Annual administration and progress report of the Indian Medical Department, Bombay
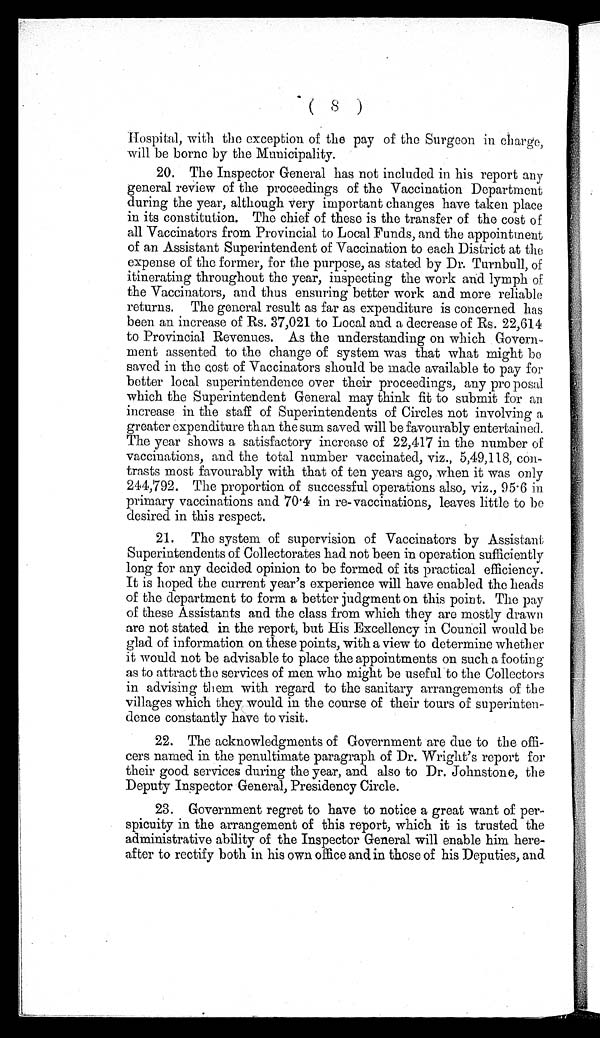
(8)
Hospital, with the exception of the pay of the Surgeon in charge,
will be borne by the Municipality.
20. The Inspector General has not included in his report any
general review of the proceedings of the Vaccination Department
during the year, although very important changes have taken place
in its constitution. The chief of these is the transfer of the cost of
all Vaccinators from Provincial to Local Funds, and the appointment
of an Assistant Superintendent of Vaccination to each District at the
expense of the former, for the purpose, as stated by Dr. Turnbull, of
itinerating throughout the year, inspecting the work and lymph of
the Vaccinators, and thus ensuring better work and more reliable
returns. The general result as far as expenditure is concerned has
been an increase of Rs. 37,021 to Local and a decrease of Rs. 22,614
to Provincial Revenues. As the understanding on which Govern
-ment assented to the change of system was that what might be
saved in the cost of Vaccinators should be made available to pay for
better local superintendence over their proceedings, any pro posal
which the Superintendent General may think fit to submit for an
increase in the staff of Superintendents of Circles not involving a
greater expenditure than the sum saved will be favourably entertained.
The year shows a satisfactory increase of 22,417 in the number of
vaccinations, and the total number vaccinated, viz., 5,49,118, con
-trasts most favourably with that of ten years ago, when it was only
244,792. The proportion of successful operations also, viz., 95.6 in
primary vaccinations and 70.4 in re-vaccinations, leaves little to be
desired in this respect.
21. The system of supervision of Vaccinators by Assistant
Superintendents of Collectorates had not been in operation sufficiently
long for any decided opinion to be formed of its practical efficiency.
It is hoped the current year's experience will have enabled the heads
of the department to form a better judgment on this point. The pay
of these Assistants and the class from which they are mostly drawn
are not stated in the report, but His Excellency in Council would be
glad of information on these points, with a view to determine whether
it would not be advisable to place the appointments on such a footing
as to attract the services of men who might be useful to the Collectors
in advising them with regard to the sanitary arrangements of the
villages which they„would in the course of their tours of superinten--
dence constantly have to visit.
22. The acknowledgments of Government are due to the offi--
cers named in the penultimate paragraph of Dr. Wright's report for
their good services during the year, and also to Dr. Johnstone, the
Deputy Inspector General, Presidency Circle.
23. Government regret to have to notice a great want of per
-spicuity in the arrangement of this report, which it is trusted the
administrative ability of the Inspector General will enable him here
-after to rectify both in his own office and in those of his Deputies, and